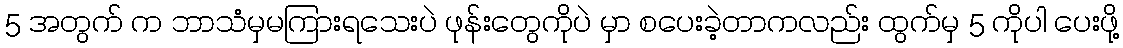
5 အတွက် က ဘာသံမှမကြားရသေးပဲ ဖုန်းတွေကိုပဲ မှာ စပေးခဲ့တာကလည်း ထွက်မှ 5 ကိုပါ ပေးဖို့